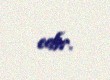
edir.